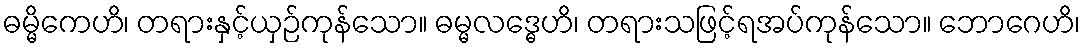
ဓမ္မိကေဟိ၊ တရားနှင့်ယှဉ်ကုန်သော။ ဓမ္မလဒ္ဓေဟိ၊ တရားသဖြင့်ရအပ်ကုန်သော။ ဘောဂေဟိ၊